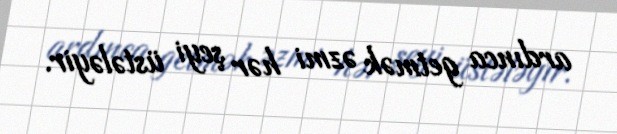
ardınca getmək əzmi hər şeyi üstələyir.